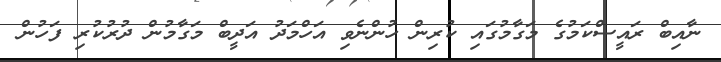
ނާއިބް ރައީސްކަމުގެ މަގާމުގައި ކުރިން ހުންނެވި އަހްމަދު އަދީބް މަގާމުން ދުރުކުރި ފަހުން